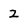
Character: 2